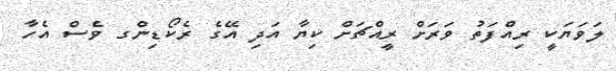
ލަވަޔަކީ ރިއްފަތު ވަރަށް ރީއްޗަށް ކިޔާ އަދި އޭގެ ރެކޯޑިންގ ވެސް އެހާ